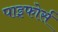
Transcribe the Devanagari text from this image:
पाइफोर्स